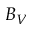
B _ { V }